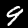
Label: 9